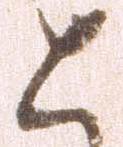
と